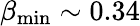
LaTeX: \beta_{\mathrm{min}}\sim 0.34